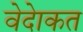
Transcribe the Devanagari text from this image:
वेदेाकत